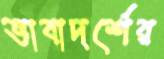
ভাবাদর্শের